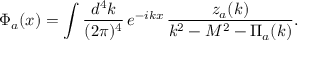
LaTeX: \Phi _ { a } ( x ) = \int \frac { d ^ { 4 } k } { ( 2 \pi ) ^ { 4 } } \, e ^ { - i k x } \, \frac { z _ { a } ( k ) } { k ^ { 2 } - M ^ { 2 } - \Pi _ { a } ( k ) } .